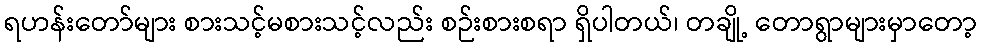
ရဟန်းတော်များ စားသင့်မစားသင့်လည်း စဉ်းစားစရာ ရှိပါတယ်၊ တချို့ တောရွာများမှာတော့